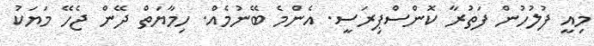
މިއީ ފުލުހުން ފަތުރާ ކޮންސްޕިރަސީ. އެންމެ ބޭނުމެއް. ހިމާޔަތް ދޭން ޖެހޭ މަޔަކު